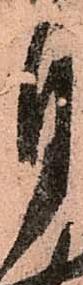
月